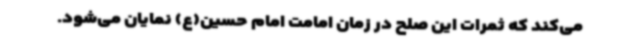
می‌کند که ثمرات این صلح در زمان امامت امام حسین(ع) نمایان می‌شود.